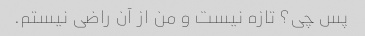
پس چی؟ تازه نیست و من از آن راضی نیستم.